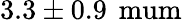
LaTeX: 3.3\pm 0.9\, \mathrm{{\ mum}}